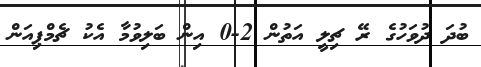
ބުދަ ދުވަހުގެ ރޭ ޗިލީ އަތުން 2-0 އިން ބަލިވުމާ އެކު ޗެމްޕިއަން